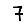
Digit: 7